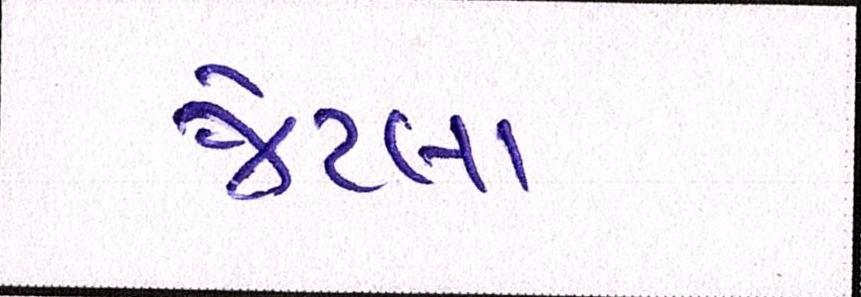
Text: જેટલા